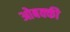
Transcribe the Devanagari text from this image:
ओबक्की